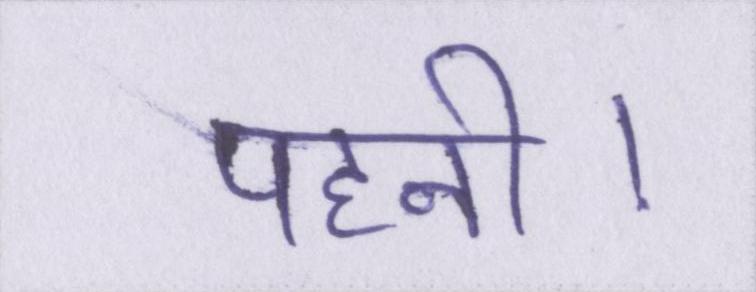
पहनी।